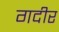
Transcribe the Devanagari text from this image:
गदीर